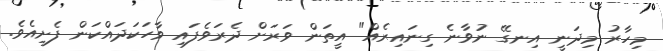
މިހާރު މިދަނީ އިނގޭ ނުވާނެ ގިނައިރެއް" އީތަން ވަރަށް ދެރަވެފައި ވާހަކަދައްކަން ފެށިއެވެ.